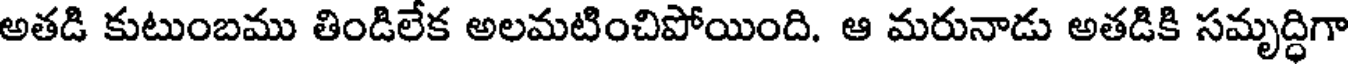
అతడి కుటుంబము తిండిలేక అలమటించిపోయింది. ఆ మరునాడు అతడికి సమృద్ధిగా